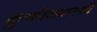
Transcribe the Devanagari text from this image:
कुंभमेळ्यामध्ये